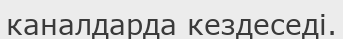
каналдарда кездеседі.